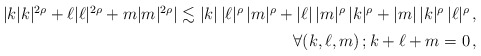
\begin{align*}\begin{array}[t]{r}|k|k|^{2\rho}+\ell|\ell|^{2\rho}+m|m|^{2\rho}|\lesssim |k|\,|\ell|^{\rho}\,|m|^\rho+|\ell|\,|m|^{\rho}\,|k|^\rho+|m|\,|k|^{\rho}\,|\ell|^\rho\,,\\ [5pt]\forall (k,\ell,m)\,;k+\ell+m=0\,,\end{array}\end{align*}